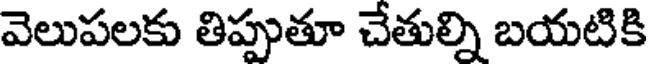
వెలుపలకు తిప్పుతూ చేతుల్ని బయటికి